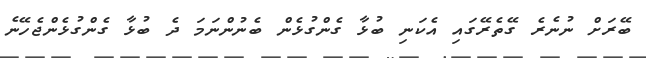
ބޭރަށް ނުނެރެ ގޭތެރޭގައި އެކަނި ބުޅާ ގެންގުޅެން ބެނުންނަމަ ދެ ބުޅާ ގެންގުޅެންޖެހޭނެ